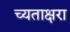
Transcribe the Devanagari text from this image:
च्यताक्षरा